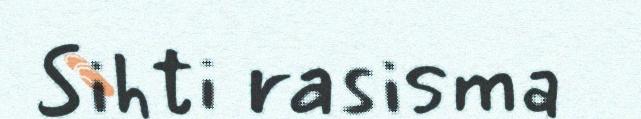
Sihti rasisma